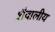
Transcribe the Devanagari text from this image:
शैवालीय